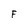
Character: F